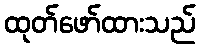
ထုတ်ဖော်ထားသည်